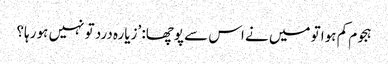
ہجوم کم ہوا تو میں نے اس سے پوچھا: ’زیارہ درد تو نہیں ہو رہا؟